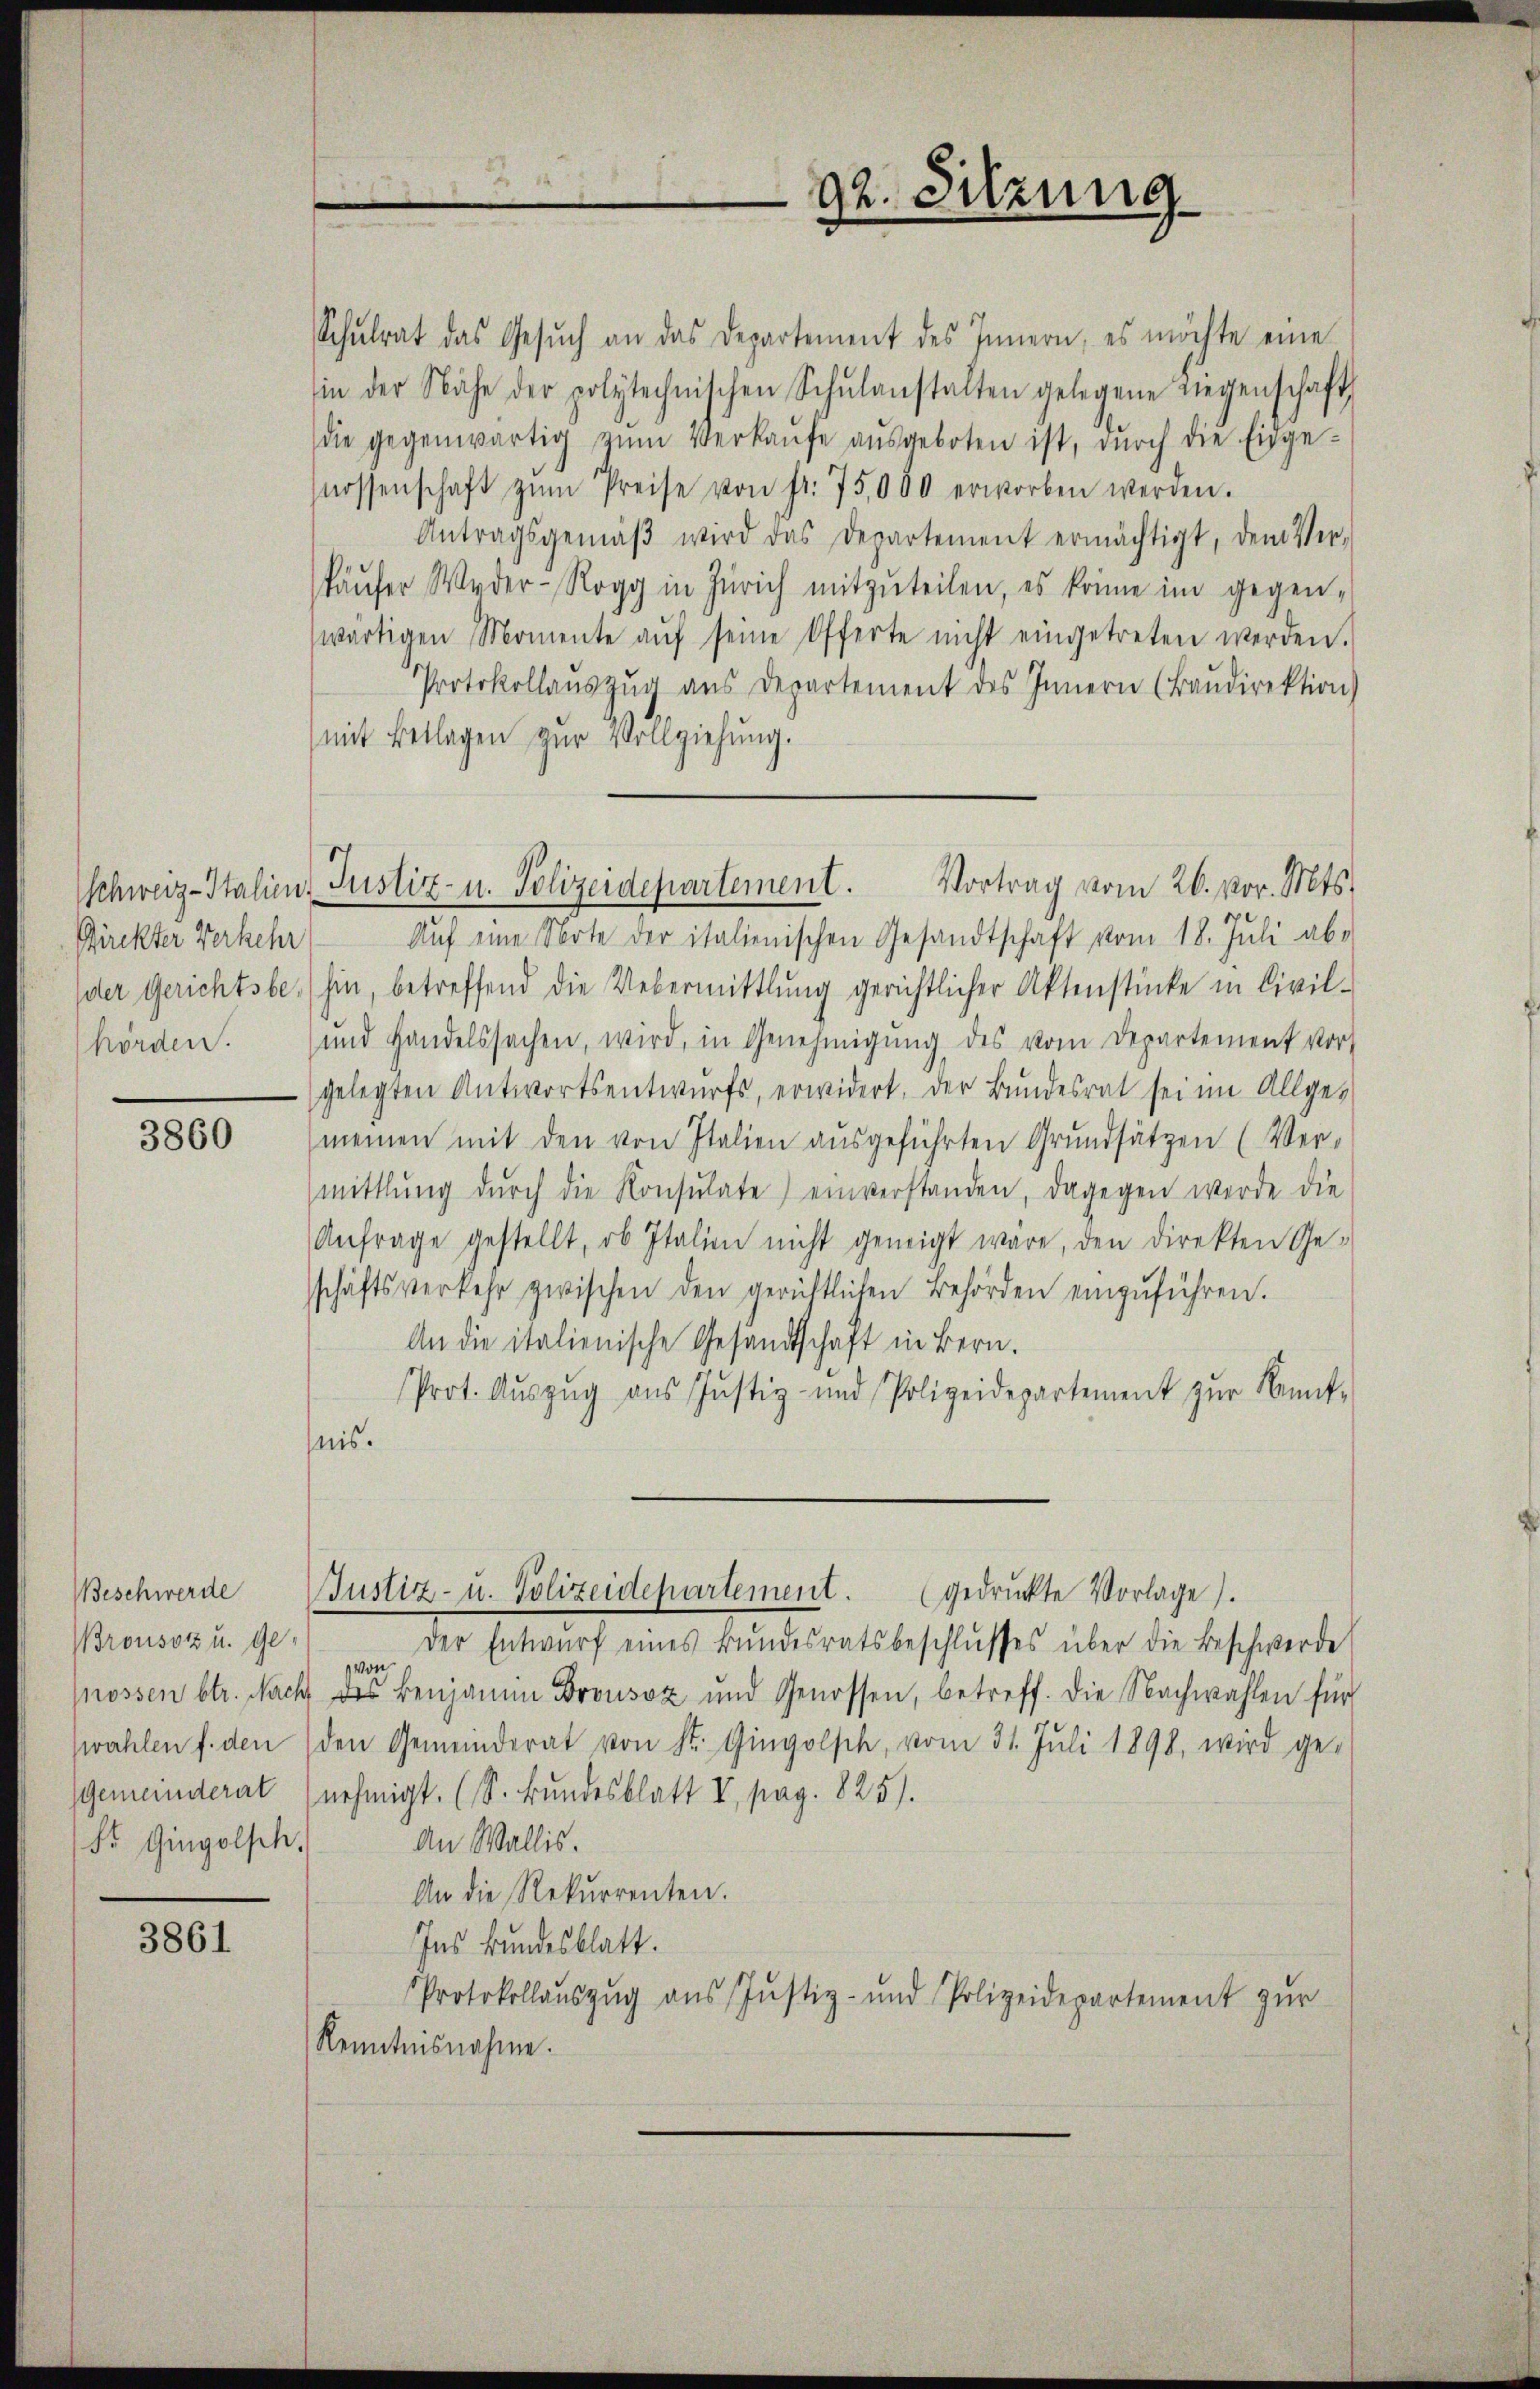
Schweiz-Italien.
Rückter Verkehr

3860

Beschwerde
Brousozz u. Ge¬
Mossen btr. Nach
wahlen f. den
Gemeinderat
Fr. Gingolsch.

3861

Schŭlrat das Gesŭch an das Departement des Innern, es möchte eine
sin der Nähe der polytechnischen Schŭlanstalten gelegene Liegenschaft
die gegenwärtig zŭm Verkaŭfe aŭsgeboten ist, dŭrch die Eidge-
nossenschaft zŭm Preise von fr. 75,000 erworben werden.
Antragsgemäβ wird das Departement ermächtigt, dem Ver-
käŭfer Weder-Rogg in Zürich mitzŭteilen, es könne im gegen-
wärtigen Momente aŭf seine Offerte nicht eingetreten werden.
Protokollaŭszŭg aŭs Departement des Innern (Baŭdirektion)
mit Beklagen zŭr Vollziehung.
e
Aŭf eine Note der italienischen Gesandtschaft vom 18. Juli abe
der Gerichtsbe, hin, betreffend die Uebermittlung gerichtlicher Aktenstücke in Civil-
hörden. und Handelssachen, wird, in Genehmigŭng des vom Departement vor
gelegten Antwortsentwŭrfs, erwidert, der Bundesrat sei im Allge-
meinen mit den von Italien aŭsgeführten Grundsätzen (Ver-
mittlung dŭrch die Konsulate) einverstanden, dagegen werde die
Anfrage gestellt, ob Italien nicht geneigt wäre, den direkten Ge-
sschäftsverkehr zwischen den gerichtlichen Behörden einzŭführen.
An die italienische Gesandtschaft in Bern.
Prot. Aŭszŭg aŭs Jŭstiz- und Polizeidepartement zŭr Kennt-
nis.

92. Sitzung

Justiz- u. Polizeidepartement. Vortrag vom 26. vor. Mts.

Justiz- u. Polizeidepartement. (gedruckte Vorlage).

Der Entwŭrf eines Bŭndesratsbeschlŭsses über die Beschwerde
von
des Benjamin Brousaz und Genossen, betreff. Die Nachwählen für
den Gemeinderat von St. Gingolsch, vom 31. Juli 1898, wird ge-
nehmigt. (S. Bundesblatt V, pag. 825).
An Wallis.
An die Rekurrenten.
Ins Bundesblatt.
Protokollaŭszŭg aŭs Jŭstiz- und Polizeidepartement zŭr
Kenntnisnahme.